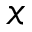
x